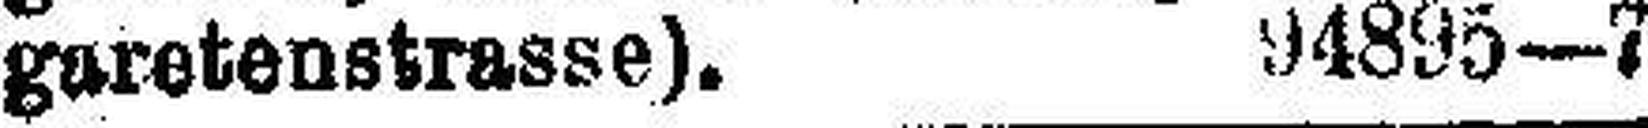
garetenstrasse). 94895—7